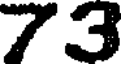
73